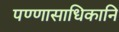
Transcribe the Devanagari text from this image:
पण्णासाधिकानि